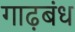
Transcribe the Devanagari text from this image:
गाढ़बंध